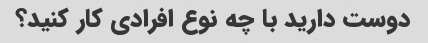
دوست دارید با چه نوع افرادی کار کنید؟